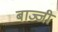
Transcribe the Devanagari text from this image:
बाज्जी